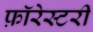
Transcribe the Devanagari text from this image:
फ़ॉरेस्टरी